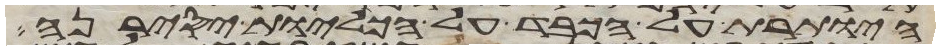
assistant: היותרת על הכבד על הכליות יסירנה